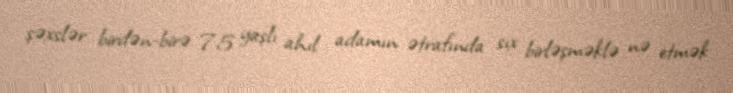
şəxslər birdən-birə 75 yaşlı ahıl adamın ətrafında sıx birləşməklə nə etmək